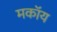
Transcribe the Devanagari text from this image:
मकॉय